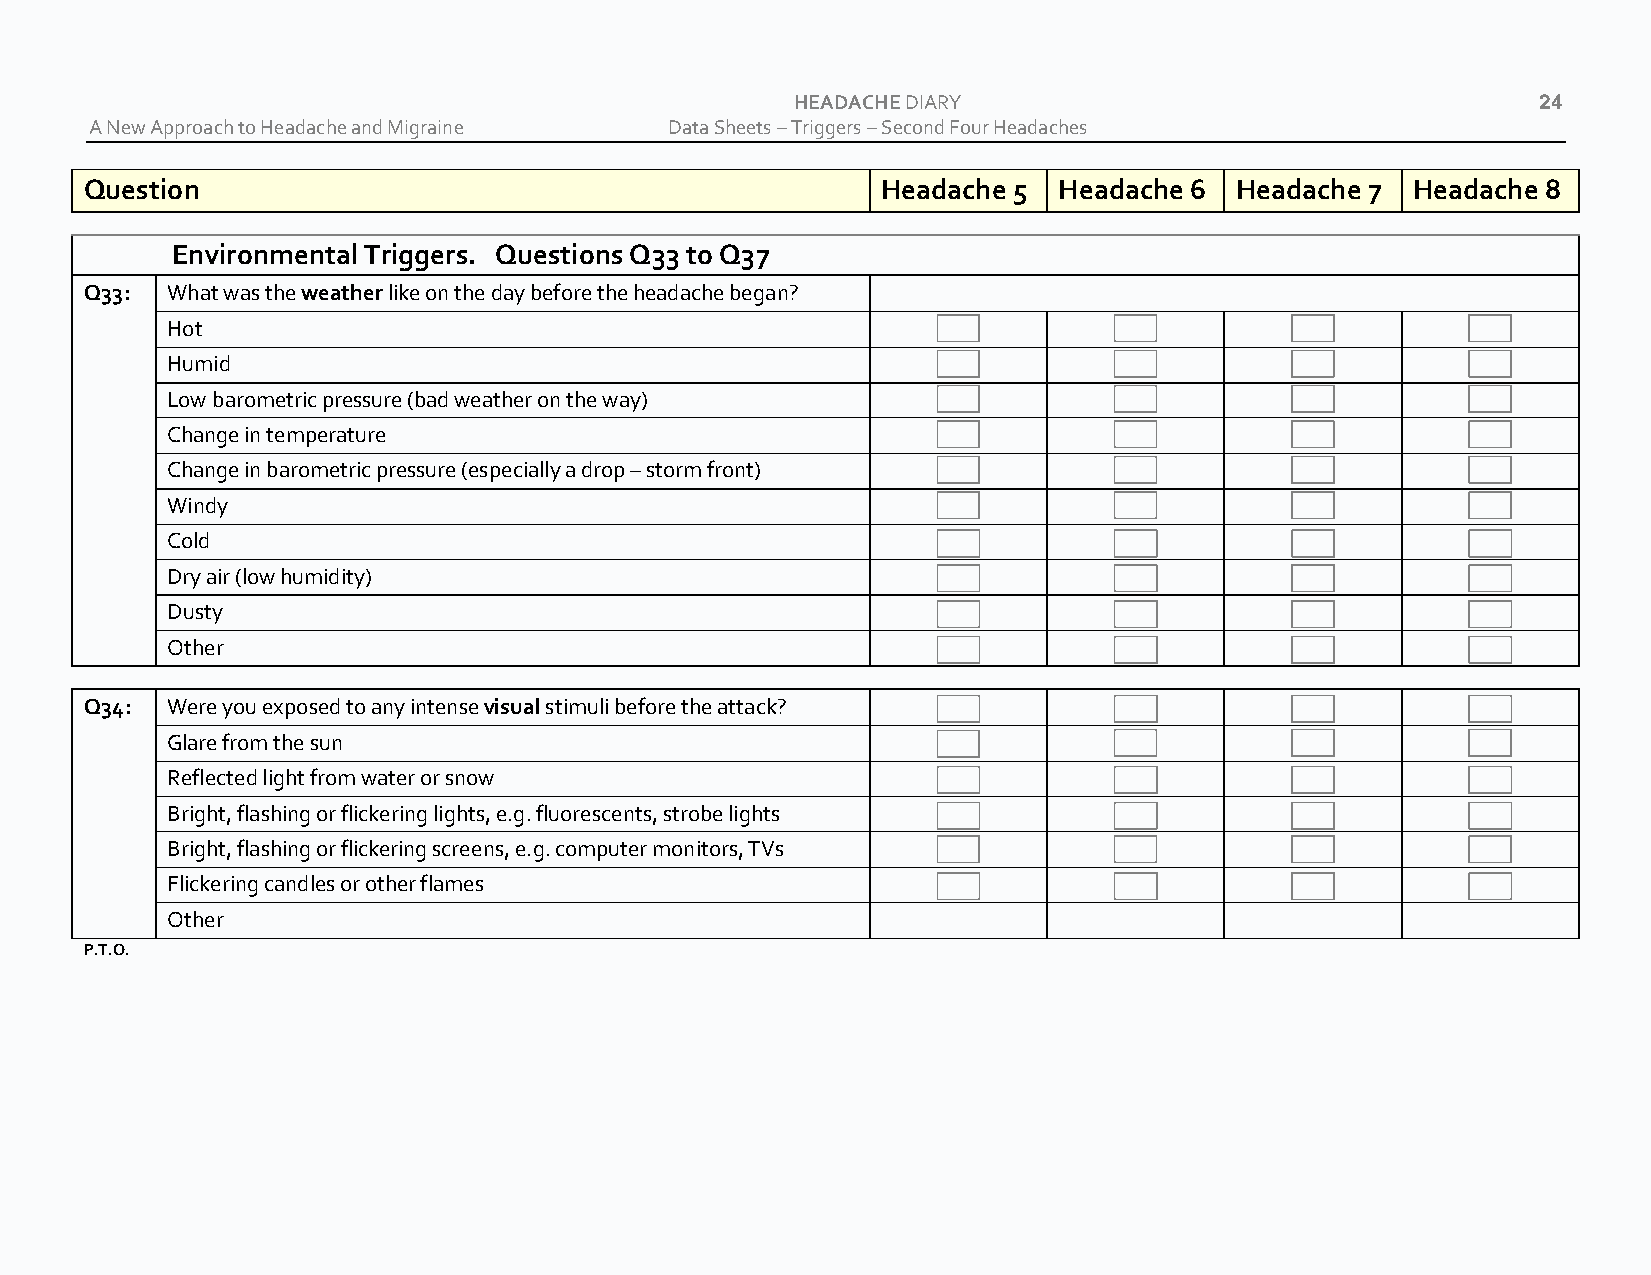
HEADACHE DIARY                                   24
 A New Approach to Headache and Migraine Data Sheets – Triggers – Second Four Headaches
 Question                                            Headache 5  Headache 6  Headache 7 Headache 8
 Environmental Triggers. Questions Q33 to Q37
 Q33: What was the weather like on the day before the headache began?
 Hot
 Humid
 Low barometric pressure (bad weather on the way)
 Change in temperature
 Change in barometric pressure (especially a drop – storm front)
 Windy
 Cold
 Dry air (low humidity)
 Dusty
 Other
 Q34: Were you exposed to any intense visual stimuli before the attack?
 Glare from the sun
 Reflected light from water or snow
 Bright, flashing or flickering lights, e.g. fluorescents, strobe lights
 Bright, flashing or flickering screens, e.g. computer monitors, TVs
 Flickering candles or other flames
 Other
 P.T.O.